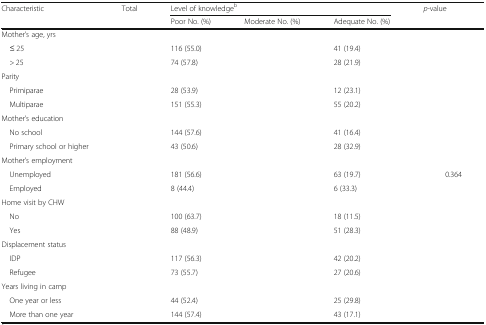
<table><thead><tr><td rowspan="2"><b>Characteristic</b></td><td rowspan="2"><b>Total</b></td><td colspan="3"><b>Level of knowledge<sup>b</sup></b></td><td rowspan="2"><b><i>p</i>-value</b></td></tr><tr><td><b>Poor No. (%)</b></td><td><b>Moderate No. (%)</b></td><td><b>Adequate No. (%)</b></td></tr></thead><tbody><tr><td colspan="6">Mother’s age, yrs</td></tr><tr><td> ≤ 25</td><td>[EMPTY_CELL]</td><td>116 (55.0)</td><td>[EMPTY_CELL]</td><td>41 (19.4)</td><td>[EMPTY_CELL]</td></tr><tr><td> &gt; 25</td><td>[EMPTY_CELL]</td><td>74 (57.8)</td><td>[EMPTY_CELL]</td><td>28 (21.9)</td><td>[EMPTY_CELL]</td></tr><tr><td colspan="6">Parity</td></tr><tr><td> Primiparae</td><td>[EMPTY_CELL]</td><td>28 (53.9)</td><td>[EMPTY_CELL]</td><td>12 (23.1)</td><td>[EMPTY_CELL]</td></tr><tr><td> Multiparae</td><td>[EMPTY_CELL]</td><td>151 (55.3)</td><td>[EMPTY_CELL]</td><td>55 (20.2)</td><td>[EMPTY_CELL]</td></tr><tr><td colspan="6">Mother’s education</td></tr><tr><td> No school</td><td>[EMPTY_CELL]</td><td>144 (57.6)</td><td>[EMPTY_CELL]</td><td>41 (16.4)</td><td>[EMPTY_CELL]</td></tr><tr><td> Primary school or higher</td><td>[EMPTY_CELL]</td><td>43 (50.6)</td><td>[EMPTY_CELL]</td><td>28 (32.9)</td><td>[EMPTY_CELL]</td></tr><tr><td colspan="6">Mother’s employment</td></tr><tr><td> Unemployed</td><td>[EMPTY_CELL]</td><td>181 (56.6)</td><td>[EMPTY_CELL]</td><td>63 (19.7)</td><td>0.364</td></tr><tr><td> Employed</td><td>[EMPTY_CELL]</td><td>8 (44.4)</td><td>[EMPTY_CELL]</td><td>6 (33.3)</td><td>[EMPTY_CELL]</td></tr><tr><td colspan="6">Home visit by CHW</td></tr><tr><td> No</td><td>[EMPTY_CELL]</td><td>100 (63.7)</td><td>[EMPTY_CELL]</td><td>18 (11.5)</td><td>[EMPTY_CELL]</td></tr><tr><td> Yes</td><td>[EMPTY_CELL]</td><td>88 (48.9)</td><td>[EMPTY_CELL]</td><td>51 (28.3)</td><td>[EMPTY_CELL]</td></tr><tr><td colspan="6">Displacement status</td></tr><tr><td> IDP</td><td>[EMPTY_CELL]</td><td>117 (56.3)</td><td>[EMPTY_CELL]</td><td>42 (20.2)</td><td>[EMPTY_CELL]</td></tr><tr><td> Refugee</td><td>[EMPTY_CELL]</td><td>73 (55.7)</td><td>[EMPTY_CELL]</td><td>27 (20.6)</td><td>[EMPTY_CELL]</td></tr><tr><td colspan="6">Years living in camp</td></tr><tr><td> One year or less</td><td>[EMPTY_CELL]</td><td>44 (52.4)</td><td>[EMPTY_CELL]</td><td>25 (29.8)</td><td>[EMPTY_CELL]</td></tr><tr><td> More than one year</td><td>[EMPTY_CELL]</td><td>144 (57.4)</td><td>[EMPTY_CELL]</td><td>43 (17.1)</td><td>[EMPTY_CELL]</td></tr></tbody></table>